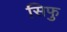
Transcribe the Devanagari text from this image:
सिफु